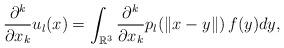
LaTeX: \begin{align*} \frac{\partial^k}{\partial x_k} u_l (x)= \int_{\mathbb{R}^3} \frac{\partial^k}{\partial x_k} p_{l}(\|x-y\|)\, f(y) dy,\end{align*}